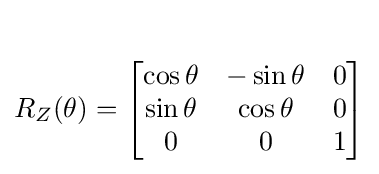
{\begin{aligned}\\R_{Z}(\theta )={\begin{bmatrix}\cos \theta &-\sin \theta &0\\\sin \theta &\cos \theta &0\\0&0&1\end{bmatrix}}\end{aligned}}